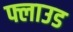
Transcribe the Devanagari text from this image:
फ्लाउड